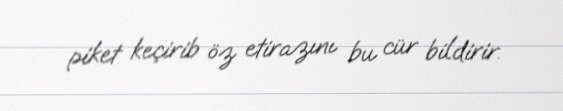
piket keçirib öz etirazını bu cür bildirir.